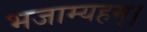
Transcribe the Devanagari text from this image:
भजाम्यहम्।